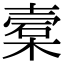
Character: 槖